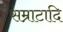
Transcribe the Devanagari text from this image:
सम्राटादि